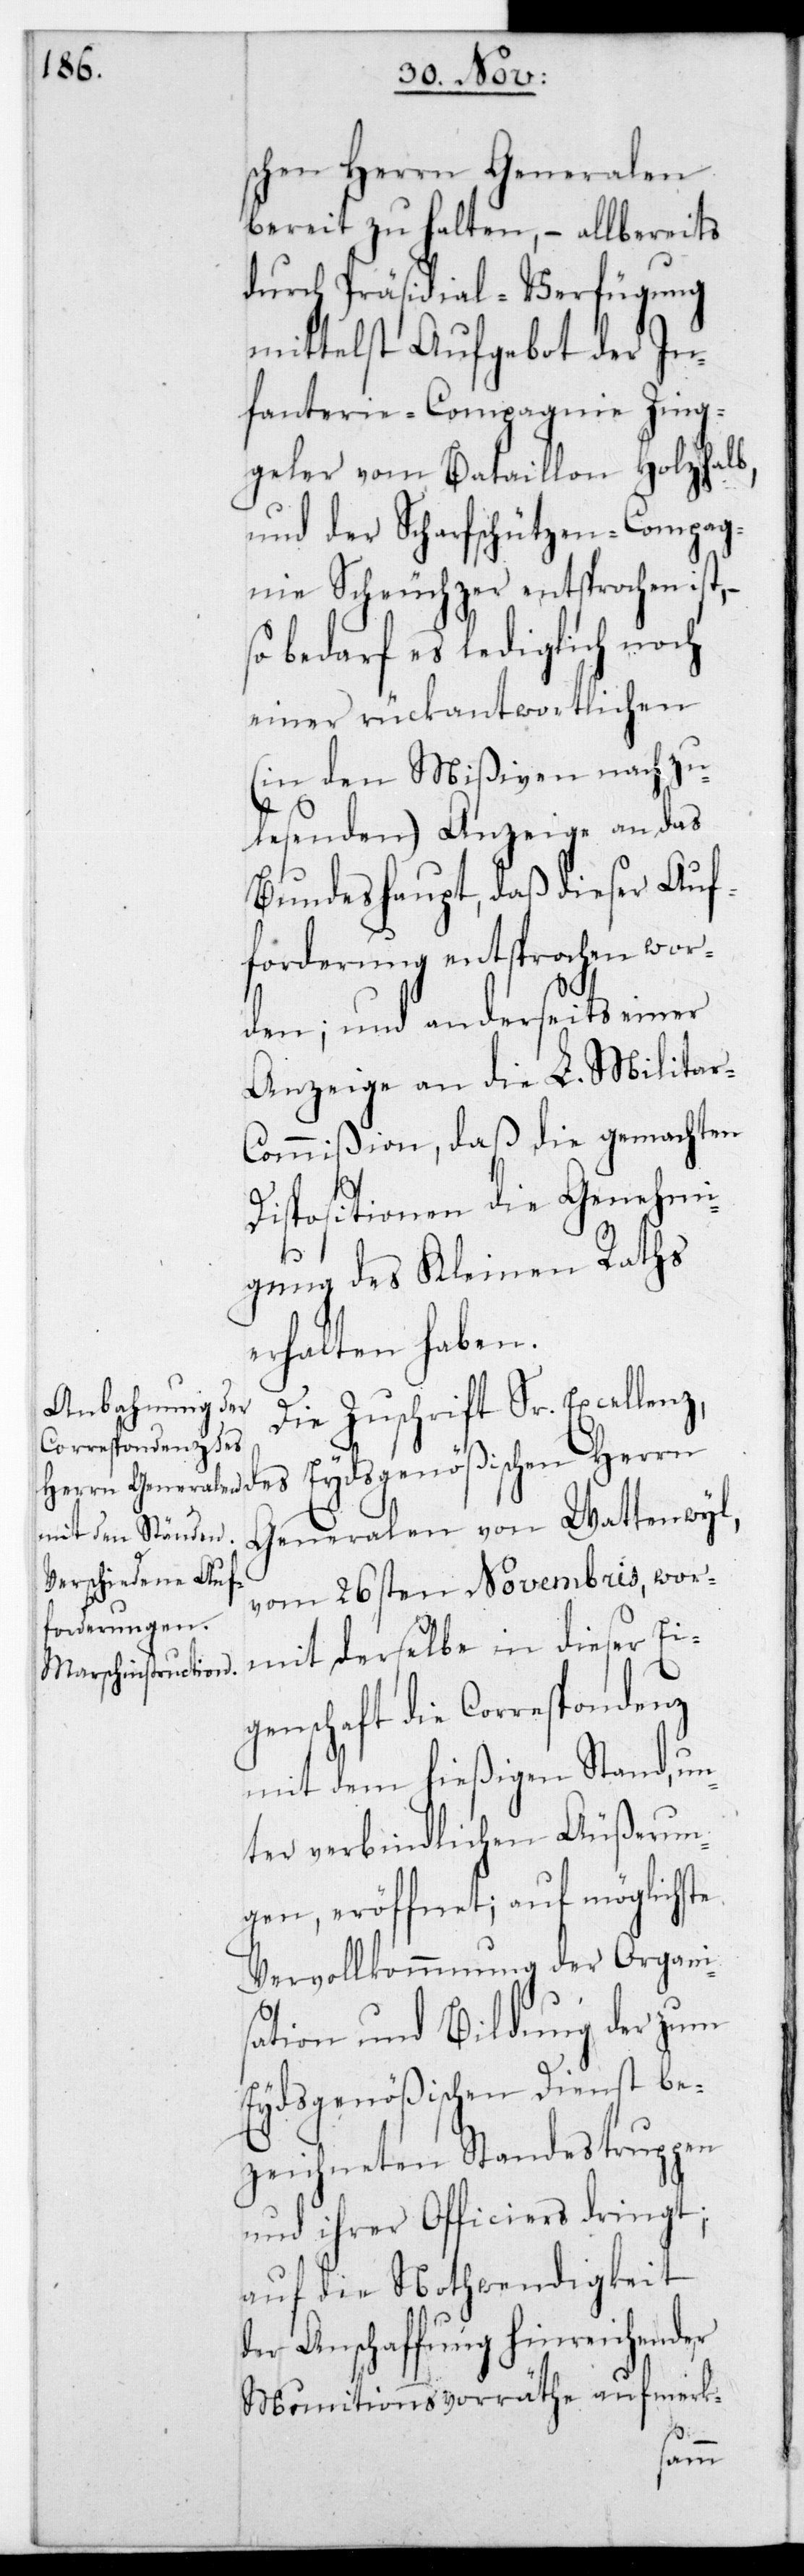
schen Herrn Generalen
bereit zu halten, – allbereits
durch Präsidialverfügung
mittelst Aufgebot der In¬
fanteriecompagnie Zing¬
geler vom Bataillon Holzhalb,
und der Scharfschützen-Compag¬
nie Scheuchzer entsprochen ist,
so bedarf es lediglich noch
einer rückantwortlichen
(in den Mißiven nachzu¬
lesenden) Anzeige an das
Bundeshaupt, daß dieser Auf¬
forderung entsprochen wor¬
den; und anderseits einer
Anzeige an die L. Milita¬
r-Commißion, daß die gemachten
Dispositionen die Genehmi¬
gung des Kleinen Raths
erhalten haben.
Die Zuschrift Sr. Excel¬
lenz des Eydsgenößischen Herrn
Generalen von Wattenwyl,
vom 26sten Novembris, wor¬
mit derselbe in dieser Ei¬
genschaft die Correspondenz
mit dem hießigen Stand, un¬
ter verbindlichen Äußerun¬
gen, eröffnet; auf möglichste
Vervollkommnung der Organi¬
sation und Bildung der zum
Eydsgenößischen Dienst be¬
zeichneten Standestruppen
und ihrer Officiers dringt;
auf die Nothwendigkeit
der Anschaffung hinreichender
Munitionsvorräthe aufmerk-